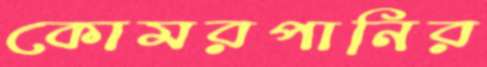
কোমরপানির